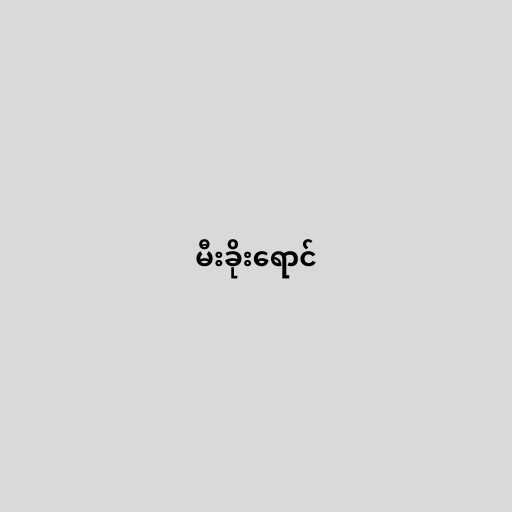
မီးခိုးရောင်